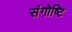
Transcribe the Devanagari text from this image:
संगोष्टि